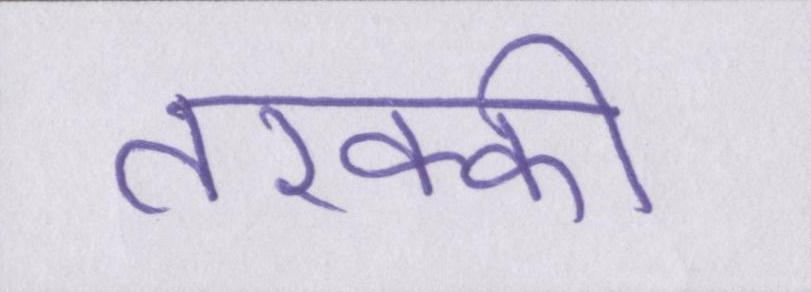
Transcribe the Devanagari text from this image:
तरक्की